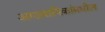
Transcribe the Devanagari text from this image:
आख्यायिकांमधील